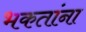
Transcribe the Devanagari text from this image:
भकतांना